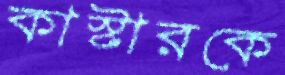
কাস্টারকে